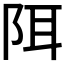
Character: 𫔾